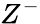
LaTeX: Z^{-}